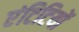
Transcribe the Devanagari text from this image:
एंटिटियों